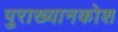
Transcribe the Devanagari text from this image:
पुराख्यानकोश